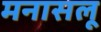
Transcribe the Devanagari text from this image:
मनासलू